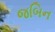
જબિન